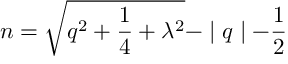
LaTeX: n = \sqrt { q ^ { 2 } + \frac 1 4 + \lambda ^ { 2 } } - \mid q \mid - \frac 1 2